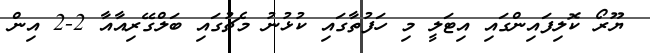
ޔޫރޯ ކޮލިފައިންގައި އިޓަލީ މި ހަފުތާގައި ކުޅުނު މެޗުގައި ބަލްގޭރިއާއާ 2-2 އިން